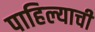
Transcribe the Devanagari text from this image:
पाहिल्याची